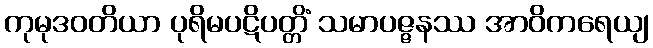
ကုမုဒဝတိယာ ပုရိမပဋိပတ္တိံ သမာပဇ္ဇနဿ အာဝိကရေယျ